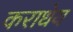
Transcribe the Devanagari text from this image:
कराधेय